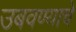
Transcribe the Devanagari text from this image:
उबवण्याचे